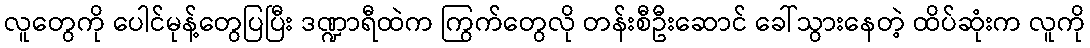
လူတွေကို ပေါင်မုန့်တွေပြပြီး ဒဏ္ဍာရီထဲက ကြွက်တွေလို တန်းစီဦးဆောင် ခေါ်သွားနေတဲ့ ထိပ်ဆုံးက လူကို